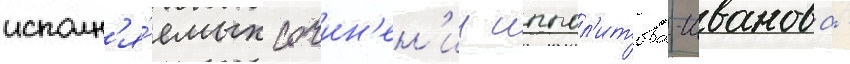
исполн'я́емых сочин'ен'ии иппол'итова-иванова -